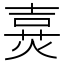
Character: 𤋔